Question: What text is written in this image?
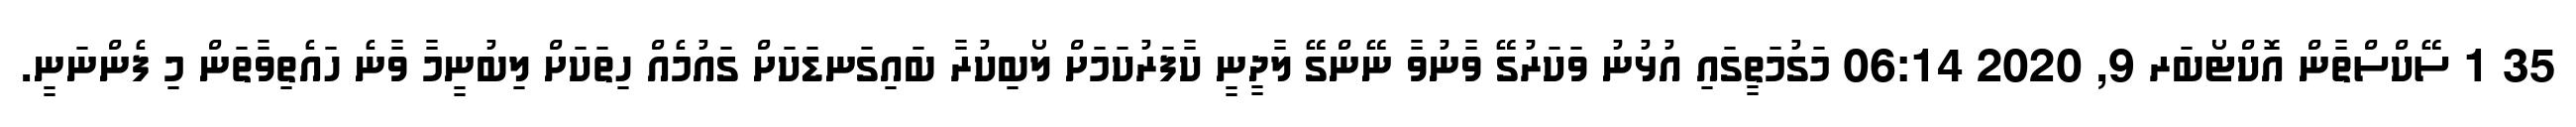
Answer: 35 1 ސޭކްސްތާން އޮކްޓޯބަރ 9, 2020 06:14 މަގުމަތީގައި އުޅުނު ވަކަރުގޭ ވާނުވާ ނޭންގޭ ލާދީނީ ކާފަރުކަމަށް ލޯބިކުރާ ބައިގަނޑަކަށް ގައުމެއް ހިތަކަށް ލިބުނީމާ ވާނެ ހައެތިވާތަން މި ފެންނަނީ.